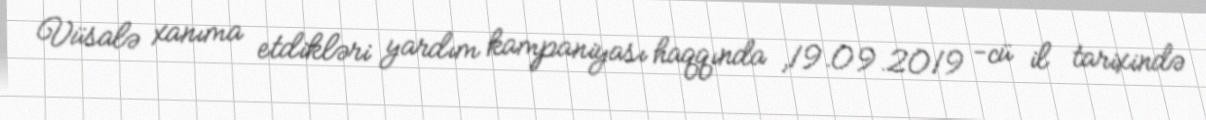
Vüsalə xanıma etdikləri yardım kampaniyası haqqında ,19.09.2019 -cü il tarixində